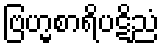
ဗြဟ္မစာရိပဋိညံ